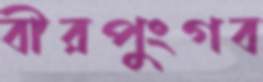
বীরপুংগব